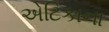
એટિકાના